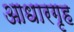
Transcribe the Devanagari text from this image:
आधारगृह